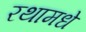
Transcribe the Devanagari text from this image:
रथामधे